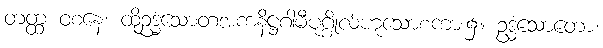
တတ္ထ ဝစနေ၊ ထိုဥဒ္ဓံသောတအကနိဋ္ဌဂါမီပုဂ္ဂိုလ်ဟူသောစကား၌။ ဥဒ္ဓံသောတော၊